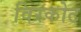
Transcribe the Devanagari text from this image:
विरकोट